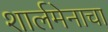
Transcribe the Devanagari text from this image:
शार्लमेनाचा